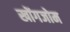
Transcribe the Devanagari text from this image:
खोंगजोम